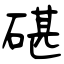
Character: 碪